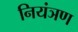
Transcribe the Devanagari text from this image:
नियंञण